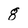
Character: g